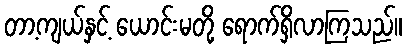
တာ့ကျယ်နှင့် ယောင်းမတို့ ရောက်ရှိလာကြသည်။